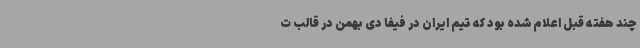
چند هفته قبل اعلام شده بود که تیم ایران در فیفا دی بهمن در قالب ت